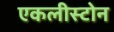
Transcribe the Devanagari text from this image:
एकलीस्टोन